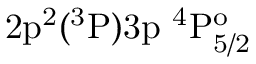
\mathrm { 2 p ^ { 2 } ( ^ { 3 } P ) 3 p ~ ^ { 4 } P _ { 5 / 2 } ^ { o } }